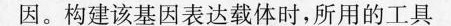
因。构建该基因表达载体时，所用的工具